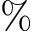
\%